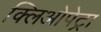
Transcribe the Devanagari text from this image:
क्लिओपेट्रा